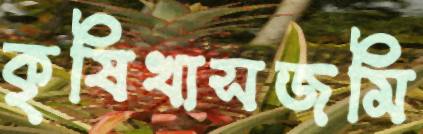
কৃষিখাসজমি